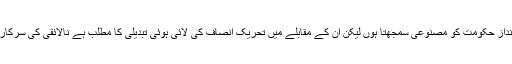
میں شہباز شریف کے انداز حکومت کو مصنوعی سمجھتا ہوں لیکن ان کے مقابلے میں تحریک انصاف کی لائی ہوئی تبدیلی کا مطلب ہے نالائقی کی سرکاری و ریاستی سرپرستی۔